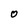
Character: 0